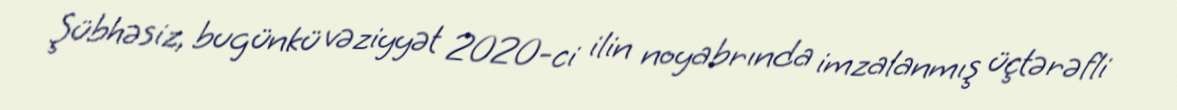
Şübhəsiz, bugünkü vəziyyət 2020-ci ilin noyabrında imzalanmış üçtərəfli